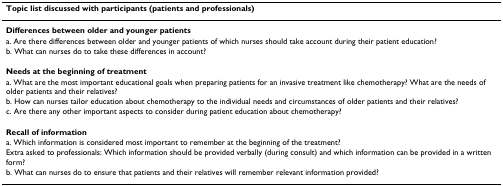
| Topic list discussed with participants (patients and professionals) |
 | --- |
 | Differences between older and younger patients |
 | a. Are there differences between older and younger patients of which nurses should take account during their patient education? |
 | b. What can nurses do to take these differences in account? |
 | Needs at the beginning of treatment |
 | a. What are the most important educational goals when preparing patients for an invasive treatment like chemotherapy? What are the needs of older patients and their relatives? |
 | b. How can nurses tailor education about chemotherapy to the individual needs and circumstances of older patients and their relatives? |
 | c. Are there any other important aspects to consider during patient education about chemotherapy? |
 | Recall of information |
 | a. Which information is considered most important to remember at the beginning of the treatment? |
 | Extra asked to professionals: Which information should be provided verbally (during consult) and which information can be provided in a written form? |
 | b. What can nurses do to ensure that patients and their relatives will remember relevant information provided? |